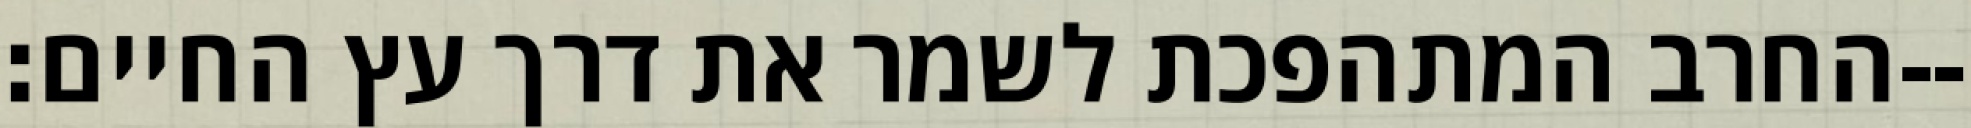
החרב המתהפכת לשמר את דרך עץ החיים׃--